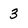
Character: 3